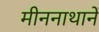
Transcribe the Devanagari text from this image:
मीननाथानें